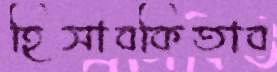
হিসাবকিতাব